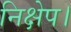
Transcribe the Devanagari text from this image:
निक्षेप।